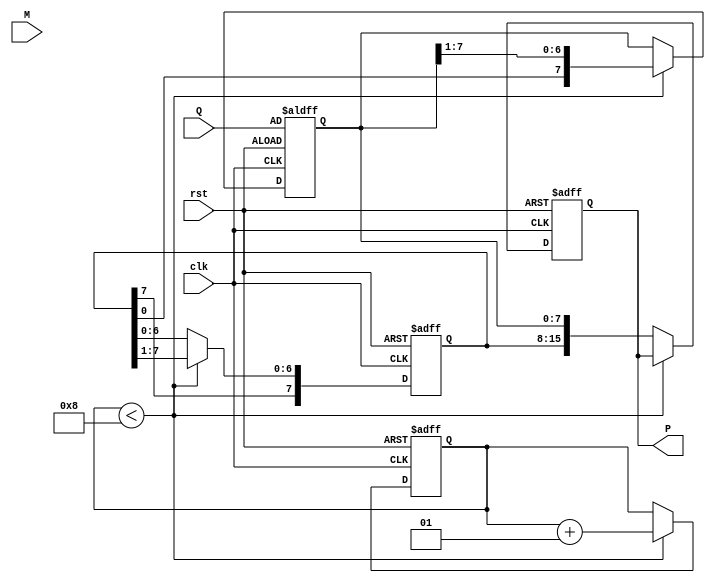
module booth_multiplier #(parameter N = 8) (
    input wire clk,
    input wire rst,
    input wire [N-1:0] M,      // Multiplicand
    input wire [N-1:0] Q,      // Multiplier
    output reg [(2*N)-1:0] P   // Product (A, Q)
);

    reg [N-1:0] A;             // Accumulator
    reg [N-1:0] Q_reg;         // Multiplier register
    reg Q_1;                   // Previous bit register
    integer count;             // Counter for iterations

    // State machine for Booth's algorithm
    always @(posedge clk or posedge rst) begin
        if (rst) begin
            A <= 0;
            Q_reg <= Q;
            Q_1 <= 0;
            P <= 0;
            count <= 0;
        end else if (count < N) begin
            case ({Q_reg[0], Q_1})
                2'b00: begin
                    // No operation
                end
                2'b01: begin
                    // A = A + M
                    A <= A + M;
                end
                2'b10: begin
                    // A = A - M
                    A <= A - M;
                end
                2'b11: begin
                    // No operation
                end
            endcase
            
            // Arithmetic right shift (A, Q)
            {A, Q_reg} <= {A[(N-1)], A, Q_reg} >> 1; // Preserve sign bit of A
            Q_1 <= Q_reg[0]; // Update previous bit
            count <= count + 1; // Increment iteration count
        end else begin
            // Store the final product
            P <= {A, Q_reg};
        end
    end
endmodule